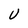
Character: U